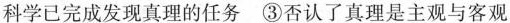
科学已完成发现真理的任务 ③否认了真理是主观与客观